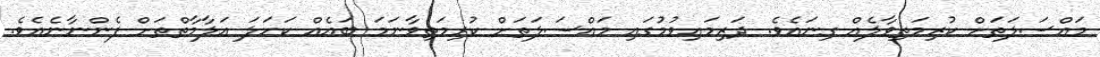
މައްސަލަތަށް ކުރިމަތިވާލެއް ގިނައެވެ. ދަރިމައިވުމުގައި މައްސަލަތަށް ކުރިމަތިވާނަމަ ބައެއް ކަހަލަ އަލާމާތްތަށް ފެންނާނެއެވެ.